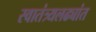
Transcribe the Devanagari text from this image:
स्वातंत्र्यलढ्यांत